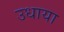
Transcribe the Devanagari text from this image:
उधाया